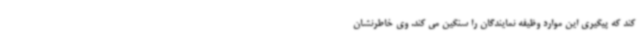
کند که پیگیری این موارد وظیفه نمایندگان را سنگین می کند. وی خاطرنشان